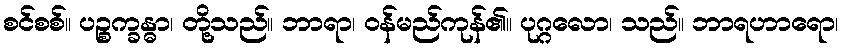
စင်စစ်။ ပဉ္စက္ခန္ဓာ၊ တို့သည်။ ဘာရာ၊ ဝန်မည်ကုန်၏။ ပုဂ္ဂလော၊ သည်။ ဘာရဟာရော၊